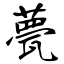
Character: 甍